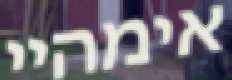
אימהיי